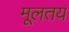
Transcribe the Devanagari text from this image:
मूलतय